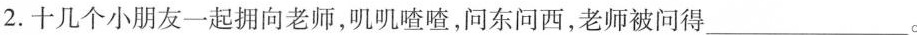
2.十几个小朋友一起拥向老师，叽叽喳喳，问东问西，老师被问得 ___。